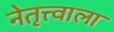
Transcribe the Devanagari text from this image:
नेतृत्त्वाला